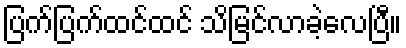
ပြက်ပြက်ထင်ထင် သိမြင်လာခဲ့လေပြီ။